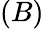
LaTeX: (B)